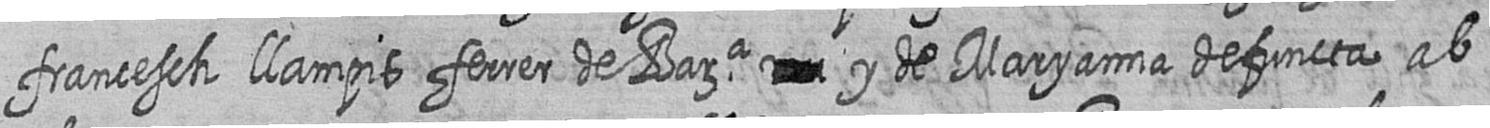
francesch llampis ferrer de Bara # y de Maryanna defuncta ab